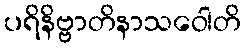
ပရိနိဗ္ဗာတိနာသဝေါတိ